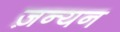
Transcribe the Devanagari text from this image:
ज़न्यन